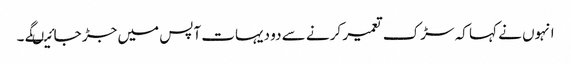
انہوں نے کہا کہ سڑک تعمیر کرنے سے دو دیہات آپس میں جڑ جائیںگے ۔